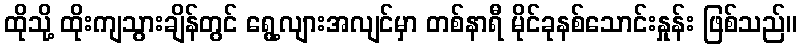
ထိုသို့ ထိုးကျသွားချိန်တွင် ရွေ့လျားအလျင်မှာ တစ်နာရီ မိုင်ခုနစ်သောင်းနှုန်း ဖြစ်သည်။